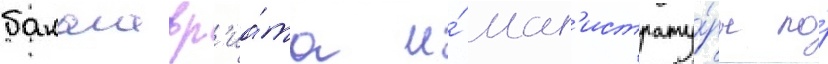
бакалавр'иа́та и́ маг'истрату́ры по́